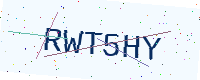
Text: RWT5HY